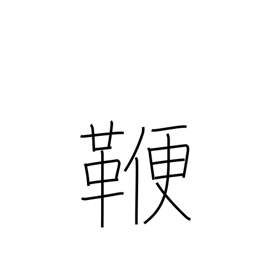
Meaning: rod